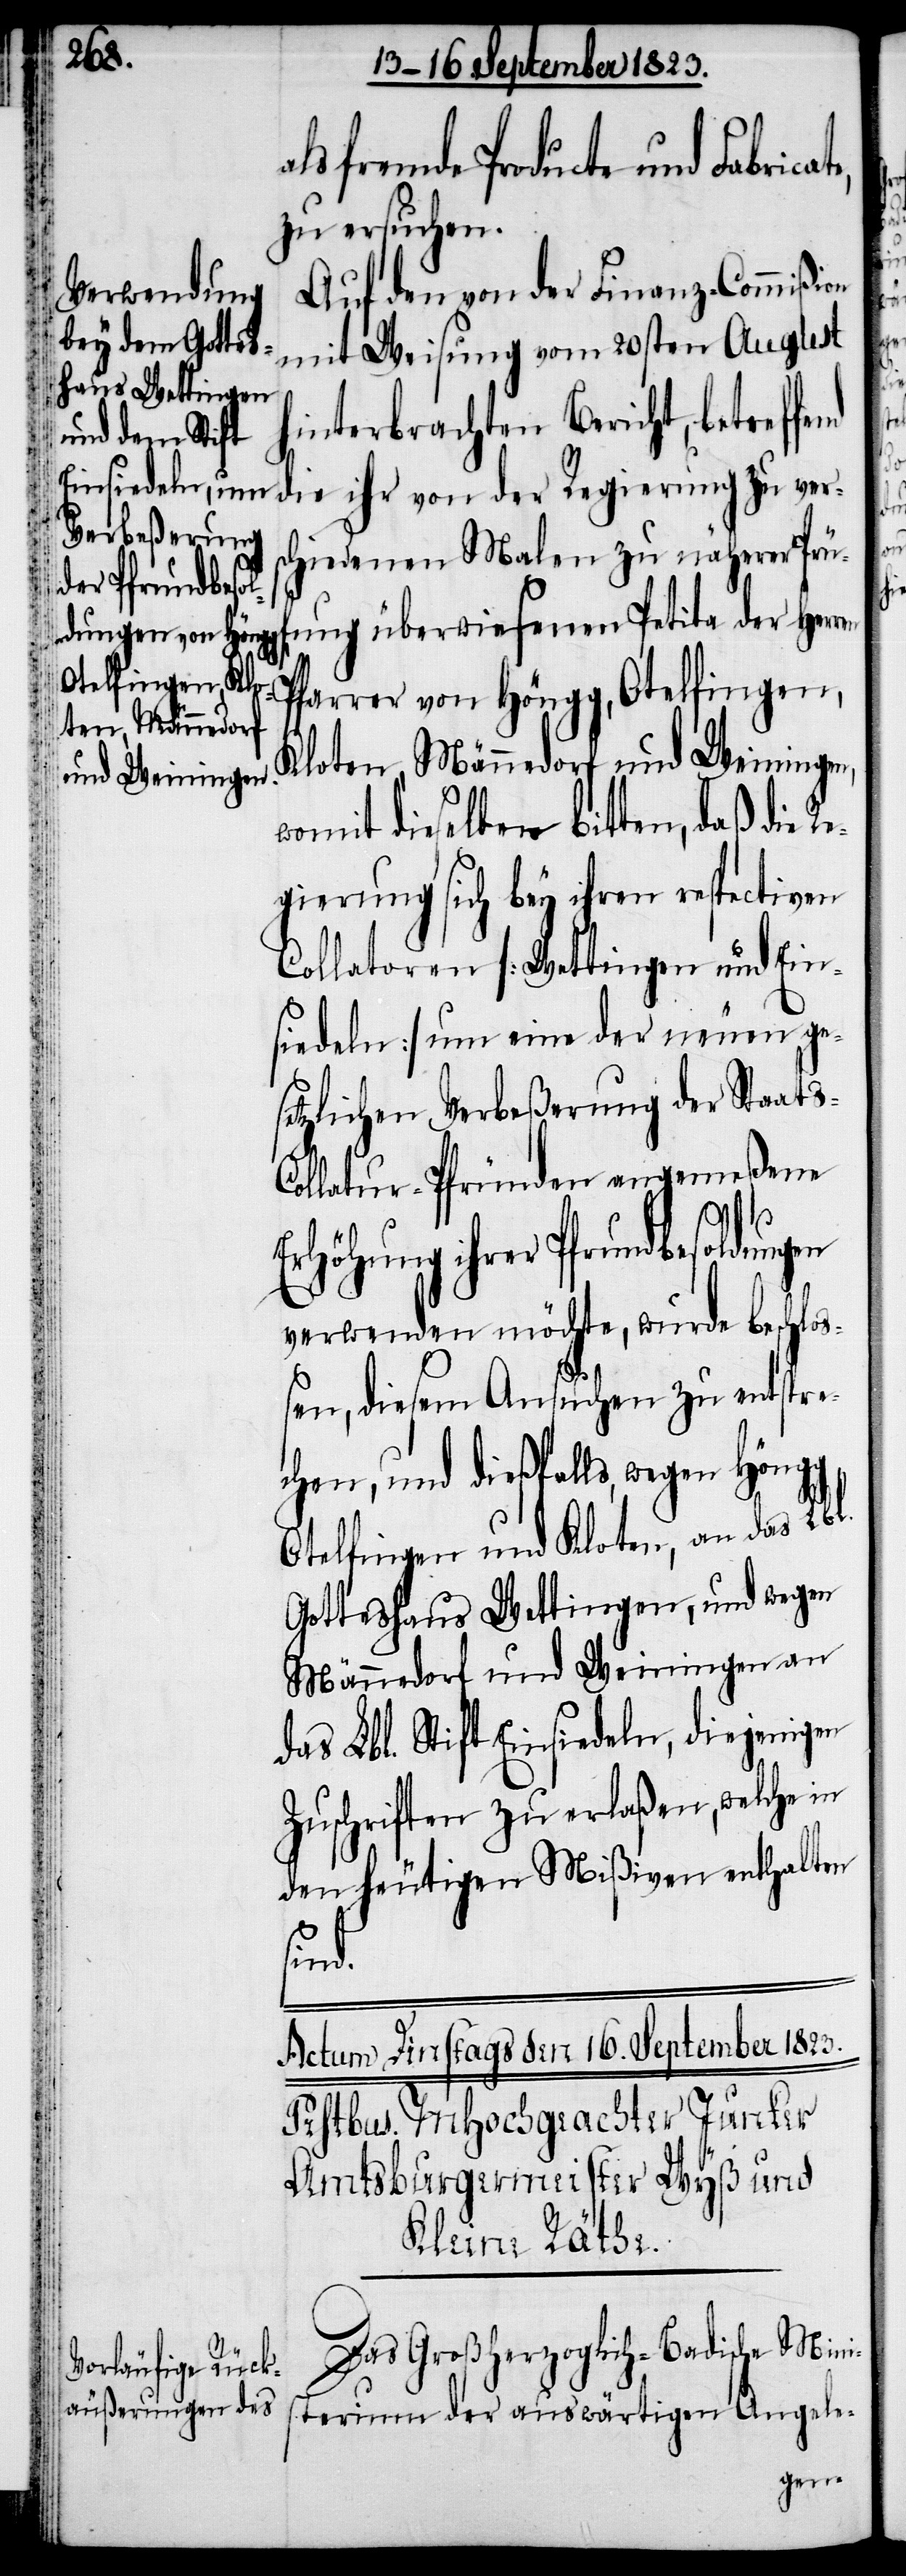
te,

ls fremde Producte und Fabrica¬
zu ersuchen.
Auf den von der Finanz-Commißion
mit Weisung vom 20sten August
hinterbrachten Bericht, betreffend
die ihr von der Regierung zu vers¬
chiedenen Malen zu näherer Prüf¬
ung überwiesenen Petita der Herrn
Pfarrer von Höngg, Otelfingen,
Kloten, Männedorf und Weiningen,
womit dieselben bitten, daß die R¬
egierung sich bey ihren respectiven
Collatoren [Wettingen und Ein¬
siedeln] um eine der neuen ge¬
setzlichen Verbeßerung der Staat¬
ollatur-Pfründen angemeßene
Erhöhung ihrer Pfrundbesoldu¬
verwenden möchte, wurde beschloß¬
en, diesem Ansuchen zu entspre¬
chen, und dießfalls, wegen Höngg,
Otelfingen und Kloten, an das Lbl.
Gotteshaus Wettingen, und wegen
Männedorf und Weiningen an
das Lbl. Stift Einsiedeln, diejenigen
Zuschriften zu erlaßen, welche in
den heutigen Mißiven enthalten
sind.
Das Großherzoglich-Badische Mini¬
sterium der auswärtigen Angele-
ngen